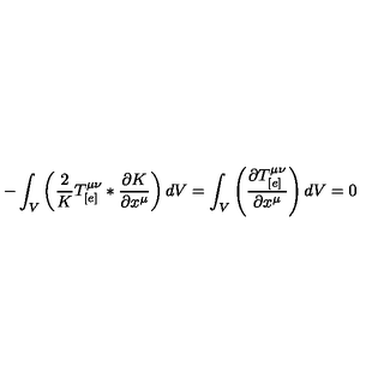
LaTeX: - \int _ { V } \left( \frac { 2 } { K } T _ { [ e ] } ^ { \mu \nu } * \frac { \partial K } { \partial x ^ { \mu } } \right) d V = \int _ { V } \left( \frac { \partial T _ { [ e ] } ^ { \mu \nu } } { \partial x ^ { \mu } } \right) d V = 0